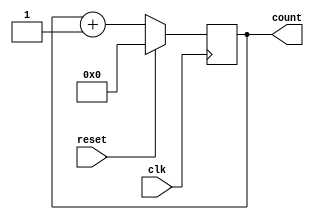
`timescale 1ns / 1ps
//////////////////////////////////////////////////////////////////////////////////
// Company: 
// Engineer: 
// 
// Design Name: 
// Module Name:    counter 
// Project Name: 
// Target Devices: 
// Tool versions: 
// Description: 
//
// Dependencies: 
//
// Revision: 
// Revision 0.01 - File Created
// Additional Comments: 
//
//////////////////////////////////////////////////////////////////////////////////
module counter(reset,clk,count);
    input reset,clk;
    output reg [3:0] count;
    initial count=4'b0000;
	 always@(posedge clk)
	 begin
		if(reset==1)
			count=4'b0000;
		else
			count=count+4'b0001;
    end
endmodule